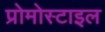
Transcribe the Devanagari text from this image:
प्रोमोस्टाइल